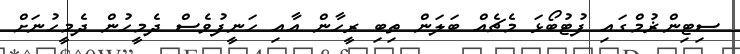
ސިޓިންޜުމްގައި ފުޓުބޯޅަ މެޗެއް ބަލަން ތިބި ރީހާން އާއި ހަނީފުވެސް ދެމީހުން ދެމީހުނަށް